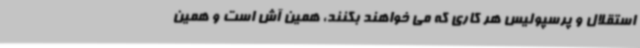
استقلال و پرسپولیس هر کاری که می خواهند بکنند، همین آش است و همین